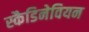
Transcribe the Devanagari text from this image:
स्कैडिनेवियन